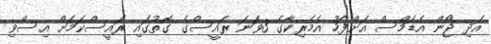
އަދި ޖޯން އެޑަމްސް އަށްފަހު އެމެރިކާގެ 3ވަނަ ރައީސްގެ ގޮތުގައި ރައީސްކަމަށް އިސްވި